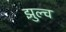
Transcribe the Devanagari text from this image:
झुल्च